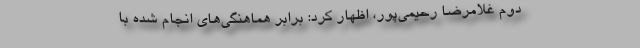
دوم غلامرضا رحیمی‌پور، اظهار کرد: برابر هماهنگی‌های انجام شده با